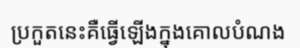
ប្រកួតនេះគឺធ្វើឡើងក្នុងគោលបំណង